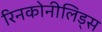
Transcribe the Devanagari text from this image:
रिनकोनीलिड्स